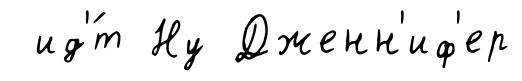
ид'́т Ну Дженн'иф'ер